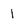
Character: 1